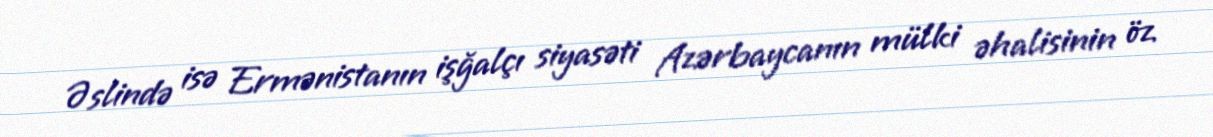
Əslində isə Ermənistanın işğalçı siyasəti Azərbaycanın mülki əhalisinin öz